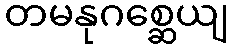
တမနုဂစ္ဆေယျ